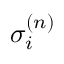
\sigma _ { i } ^ { ( n ) }